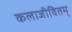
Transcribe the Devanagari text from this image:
कलाजीवितम्